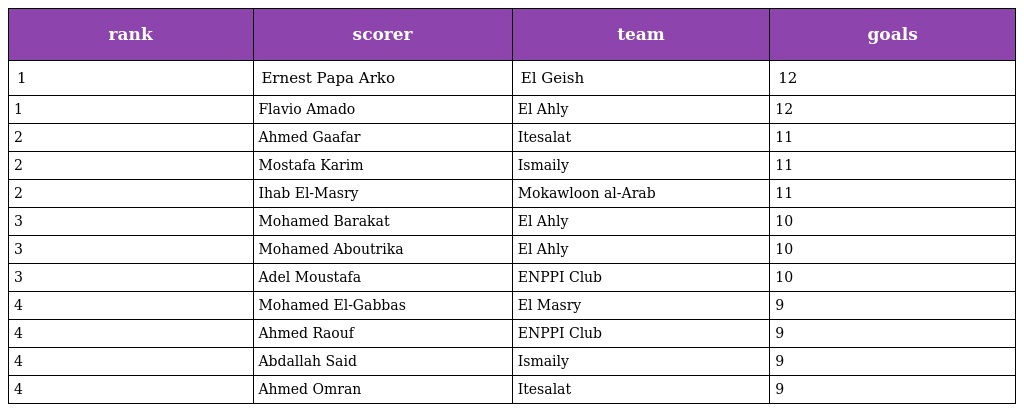
| rank | scorer | team | goals |
 | --- | --- | --- | --- |
 | 1 | Ernest Papa Arko | El Geish | 12 |
 | 1 | Flavio Amado | El Ahly | 12 |
 | 2 | Ahmed Gaafar | Itesalat | 11 |
 | 2 | Mostafa Karim | Ismaily | 11 |
 | 2 | Ihab El-Masry | Mokawloon al-Arab | 11 |
 | 3 | Mohamed Barakat | El Ahly | 10 |
 | 3 | Mohamed Aboutrika | El Ahly | 10 |
 | 3 | Adel Moustafa | ENPPI Club | 10 |
 | 4 | Mohamed El-Gabbas | El Masry | 9 |
 | 4 | Ahmed Raouf | ENPPI Club | 9 |
 | 4 | Abdallah Said | Ismaily | 9 |
 | 4 | Ahmed Omran | Itesalat | 9 |